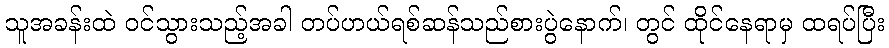
သူအခန်းထဲ ဝင်သွားသည့်အခါ တပ်ဟယ်ရစ်ဆန်သည်စားပွဲနောက်၊ တွင် ထိုင်နေရာမှ ထရပ်ပြီး